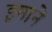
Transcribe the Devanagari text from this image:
इमाने